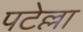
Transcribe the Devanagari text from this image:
पटेल्ला